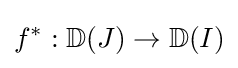
f^{*}:\mathbb {D} (J)\to \mathbb {D} (I)